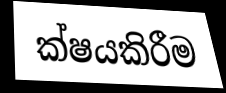
ක්ෂයකිරීම